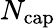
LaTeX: N_{\mathrm{cap}}